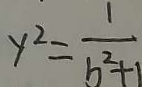
y ^ { 2 } = \frac { 1 } { b ^ { 2 } + 1 }